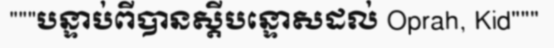
"""បន្ទាប់ពីបានស្តីបន្ទោសដល់ Oprah, Kid"""